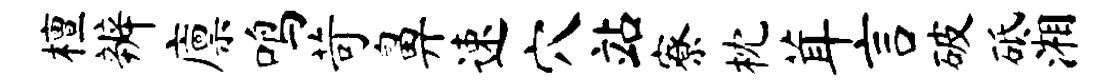
檀辨廪鸣苛鼻速穴站寮枕茸言破砥湘